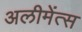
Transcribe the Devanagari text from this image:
अलीमेंत्स